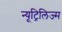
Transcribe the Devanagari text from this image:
न्यूट्रिलिज्म